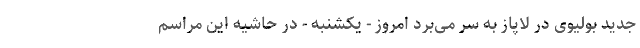
جدید بولیوی در لاپاز به سر می‌برد امروز - یکشنبه - در حاشیه این مراسم